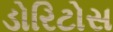
ડોરિટોસ